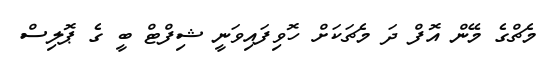
މެޗްގެ މޭން އޮފް ދަ މެޗަކަށް ހޮވިފައިވަނީ ޝިފްޓް ބީ ގެ ޕޮލިސް